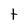
Character: t